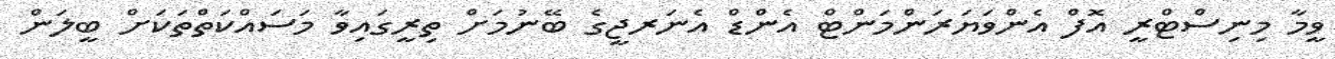
ވީމާ މިނިސްޓްރީ އޮފް އެންވަޔަރަންމަންޓް އެންޑް އެނަރޖީގެ ބޭނުމަށް ތިރީގައިވާ މަސައްކަތްތަކަށް ބީލަން